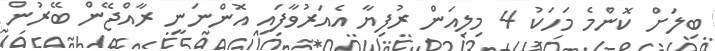
ބިލަށް ކޮންމެ މަހަކު 4 މިލިއަން ރުފިޔާ އެއަރުވާފައި އޮންނަނީ ރާއްޖޭން ބޭރުން